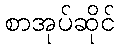
စာအုပ်ဆိုင်